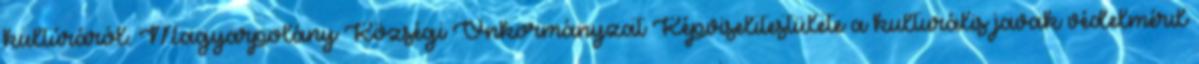
kultúráról. Magyarpolány Községi Önkormányzat Képviselıtestülete a kulturális javak védelmérıl